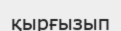
қырғызып